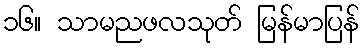
၁၆။ သာမညဖလသုတ် မြန်မာပြန်